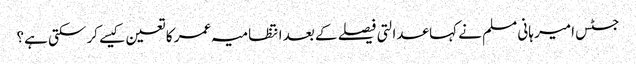
جسٹس امیر ہانی مسلم نے کہا عدالتی فیصلے کے بعد انتظامیہ عمر کا تعین کیسے کر سکتی ہے؟